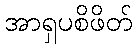
အာရှပစိဖိတ်